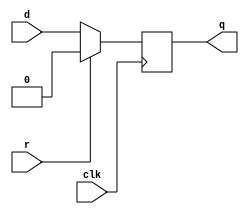
module top_module (
    input clk,
    input d, 
    input r,   // synchronous reset
    output q);
    
    always@ (posedge clk) begin
        if( r == 1 ) begin
            q <= 0;
        end
        else begin
            q <= d;
        end
    end
    
endmodule